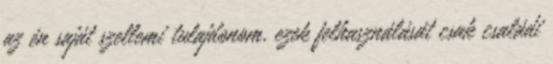
az én saját szellemi tulajdonom, ezek felhasználását csak családi